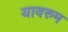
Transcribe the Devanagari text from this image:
यावरुम